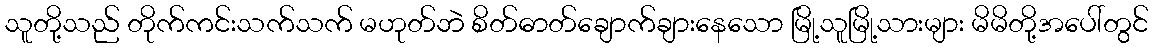
သူတို့သည် တိုက်ကင်းသက်သက် မဟုတ်ဘဲ စိတ်ဓာတ်ချောက်ချားနေသော မြို့သူမြို့သားများ မိမိတို့အပေါ်တွင်